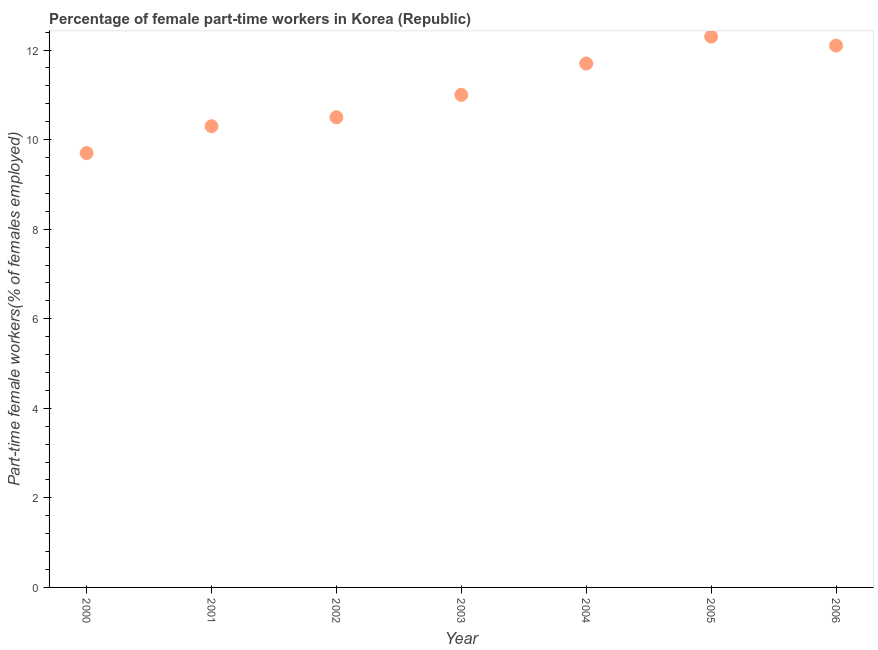
| Year | Part time employment |
 | --- | --- |
 | 2000 | 9.7 |
 | 2001 | 10.3 |
 | 2002 | 10.5 |
 | 2003 | 11 |
 | 2004 | 11.7 |
 | 2005 | 12.3 |
 | 2006 | 12.1 |